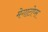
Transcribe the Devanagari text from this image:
मेगाटोप्स